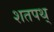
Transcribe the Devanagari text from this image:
शतपथ्